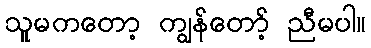
သူမကတော့ ကျွန်တော့် ညီမပါ။